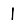
Digit: 1